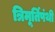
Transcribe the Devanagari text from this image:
त्रिमूर्तिपंथी